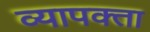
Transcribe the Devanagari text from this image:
व्यापक्ता